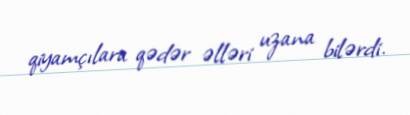
qiyamçılara qədər əlləri uzana bilərdi.